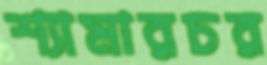
শ্যামারচর